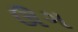
ઊગ